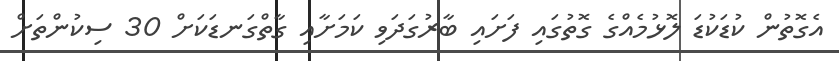
އެގޮތުން ކުޑަކުޑަ ލޮޅުމެއްގެ ގޮތުގައި ފަށައި ބާރުގަދަވި ކަމަށާއި ގާތްގަނޑަކަށް 30 ސިކުންތަށް